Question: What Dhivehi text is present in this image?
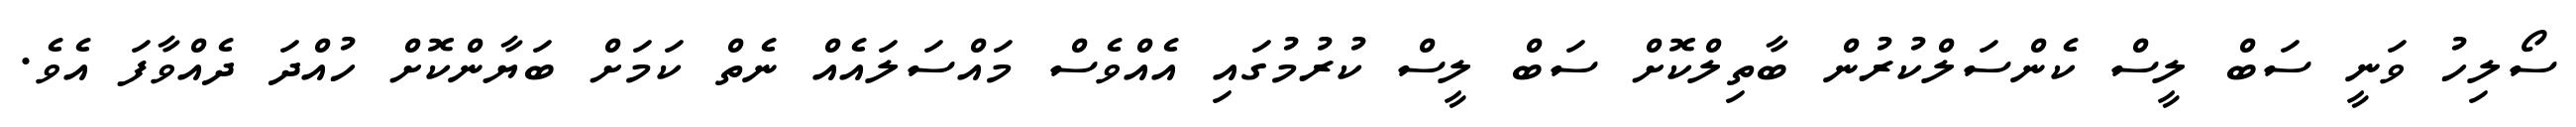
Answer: ސޯލިހު ވަނީ ސަބް ލީސް ކެންސަލްކުރުން ބާތިލްކޮށް ސަބް ލީސް ކުރުމުގައި އެއްވެސް މައްސަލައެއް ނެތް ކަމަށް ބަޔާންކޮށް ހުއްދަ ދެއްވާފަ އެވެ.